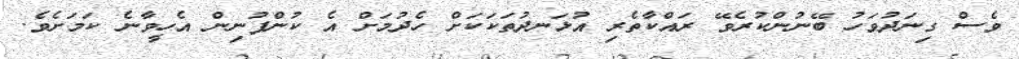
ވެސް ގިނަދުވަހު ބޭނުންކުރެވޭ ރައްކާތެރި އުޅަނދުތަކަކަށް ހެދުމަށް އެ ކުންފުނިން އެހީވާނެ ކަމަށެވެ.